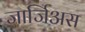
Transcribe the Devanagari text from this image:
जार्जिअस